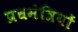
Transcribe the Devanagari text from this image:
प्रधमंत्रियों